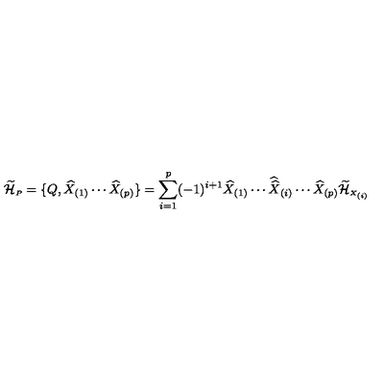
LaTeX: \widetilde { \cal H } _ { \scriptscriptstyle P } = \{ Q , \widehat { X } _ { ( 1 ) } \cdots \widehat { X } _ { ( p ) } \} = \sum _ { i = 1 } ^ { p } ( - 1 ) ^ { i + 1 } \widehat { X } _ { ( 1 ) } \cdots { \widehat { \widehat X } } _ { ( i ) } \cdots \widehat { X } _ { ( p ) } \widetilde { \cal H } _ { \scriptscriptstyle X _ { ( i ) } }